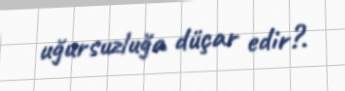
uğursuzluğa düçar edir?.